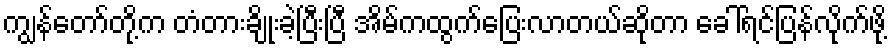
ကျွန်တော်တို့က တံတားချိုးခဲ့ပြီးပြီ အိမ်ကထွက်ပြေးလာတယ်ဆိုတာ ခေါ်ရင်ပြန်လိုက်ဖို့